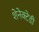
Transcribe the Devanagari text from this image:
शेनेक्टेडी